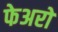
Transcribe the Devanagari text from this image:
फेअरों